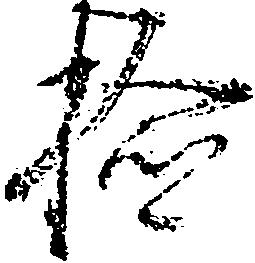
検